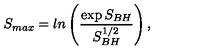
S _ { m a x } = l n \left( { \frac { \exp { S _ { B H } } } { S _ { B H } ^ { 1 / 2 } } } \right) ,